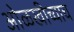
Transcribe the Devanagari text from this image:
ओळखीच्याच